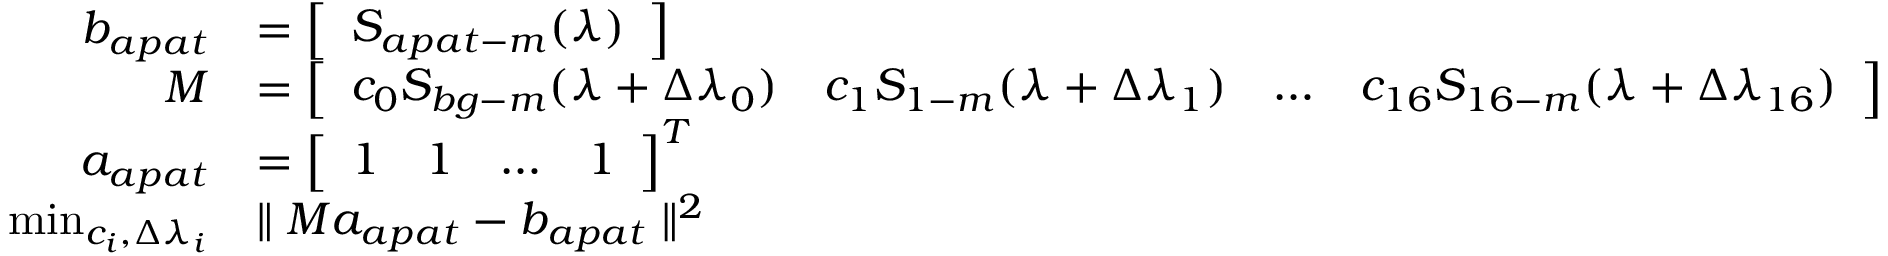
\begin{array} { r l } { b _ { a p a t } } & { = \left[ \begin{array} { l } { S _ { a p a t - m } ( \lambda ) } \end{array} \right] } \\ { M } & { = \left[ \begin{array} { l l l l } { c _ { 0 } S _ { b g - m } ( \lambda + \Delta \lambda _ { 0 } ) } & { c _ { 1 } S _ { 1 - m } ( \lambda + \Delta \lambda _ { 1 } ) } & { \ldots } & { c _ { 1 6 } S _ { 1 6 - m } ( \lambda + \Delta \lambda _ { 1 6 } ) } \end{array} \right] } \\ { a _ { a p a t } } & { = \left[ \begin{array} { l l l l } { 1 } & { 1 } & { \ldots } & { 1 } \end{array} \right] ^ { T } } \\ { \operatorname* { m i n } _ { c _ { i } , \Delta \lambda _ { i } } } & { \parallel M a _ { a p a t } - b _ { a p a t } \parallel ^ { 2 } } \end{array}